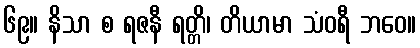
၆၉။ နိသာ စ ရဇနီ ရတ္တိ၊ တိယာမာ သံဝရီ ဘဝေ။